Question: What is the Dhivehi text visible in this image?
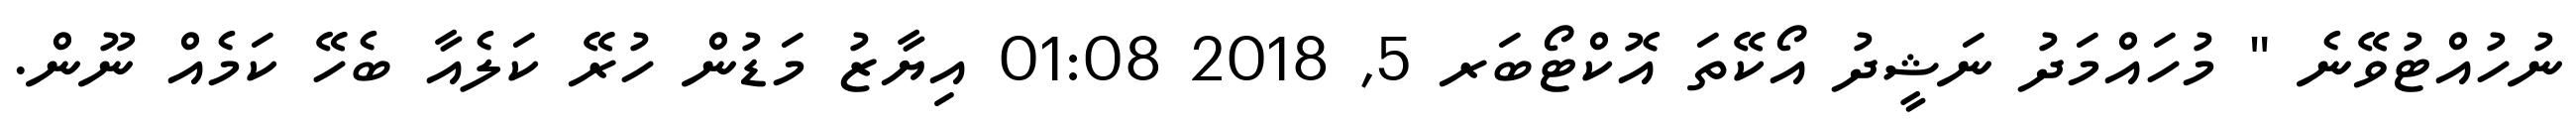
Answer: ނުހުއްޓުވޭނެ " މުހައްމަދު ނަޝީދު އޯކޭތަ އޮކްޓޯބަރ 5, 2018 01:08 އިޔާޒު މަޑުން ހުރޭ ކަލެއާ ބެހޭ ކަމެއް ނޫން.